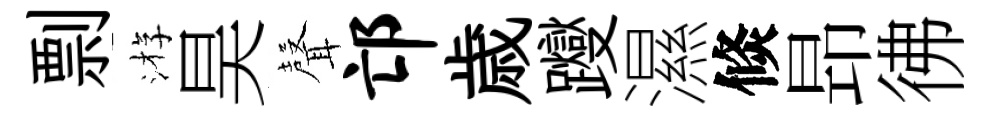
剽㳺昊𮋻邙歳躞濕倐昻彿